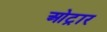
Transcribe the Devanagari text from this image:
ओट्रार